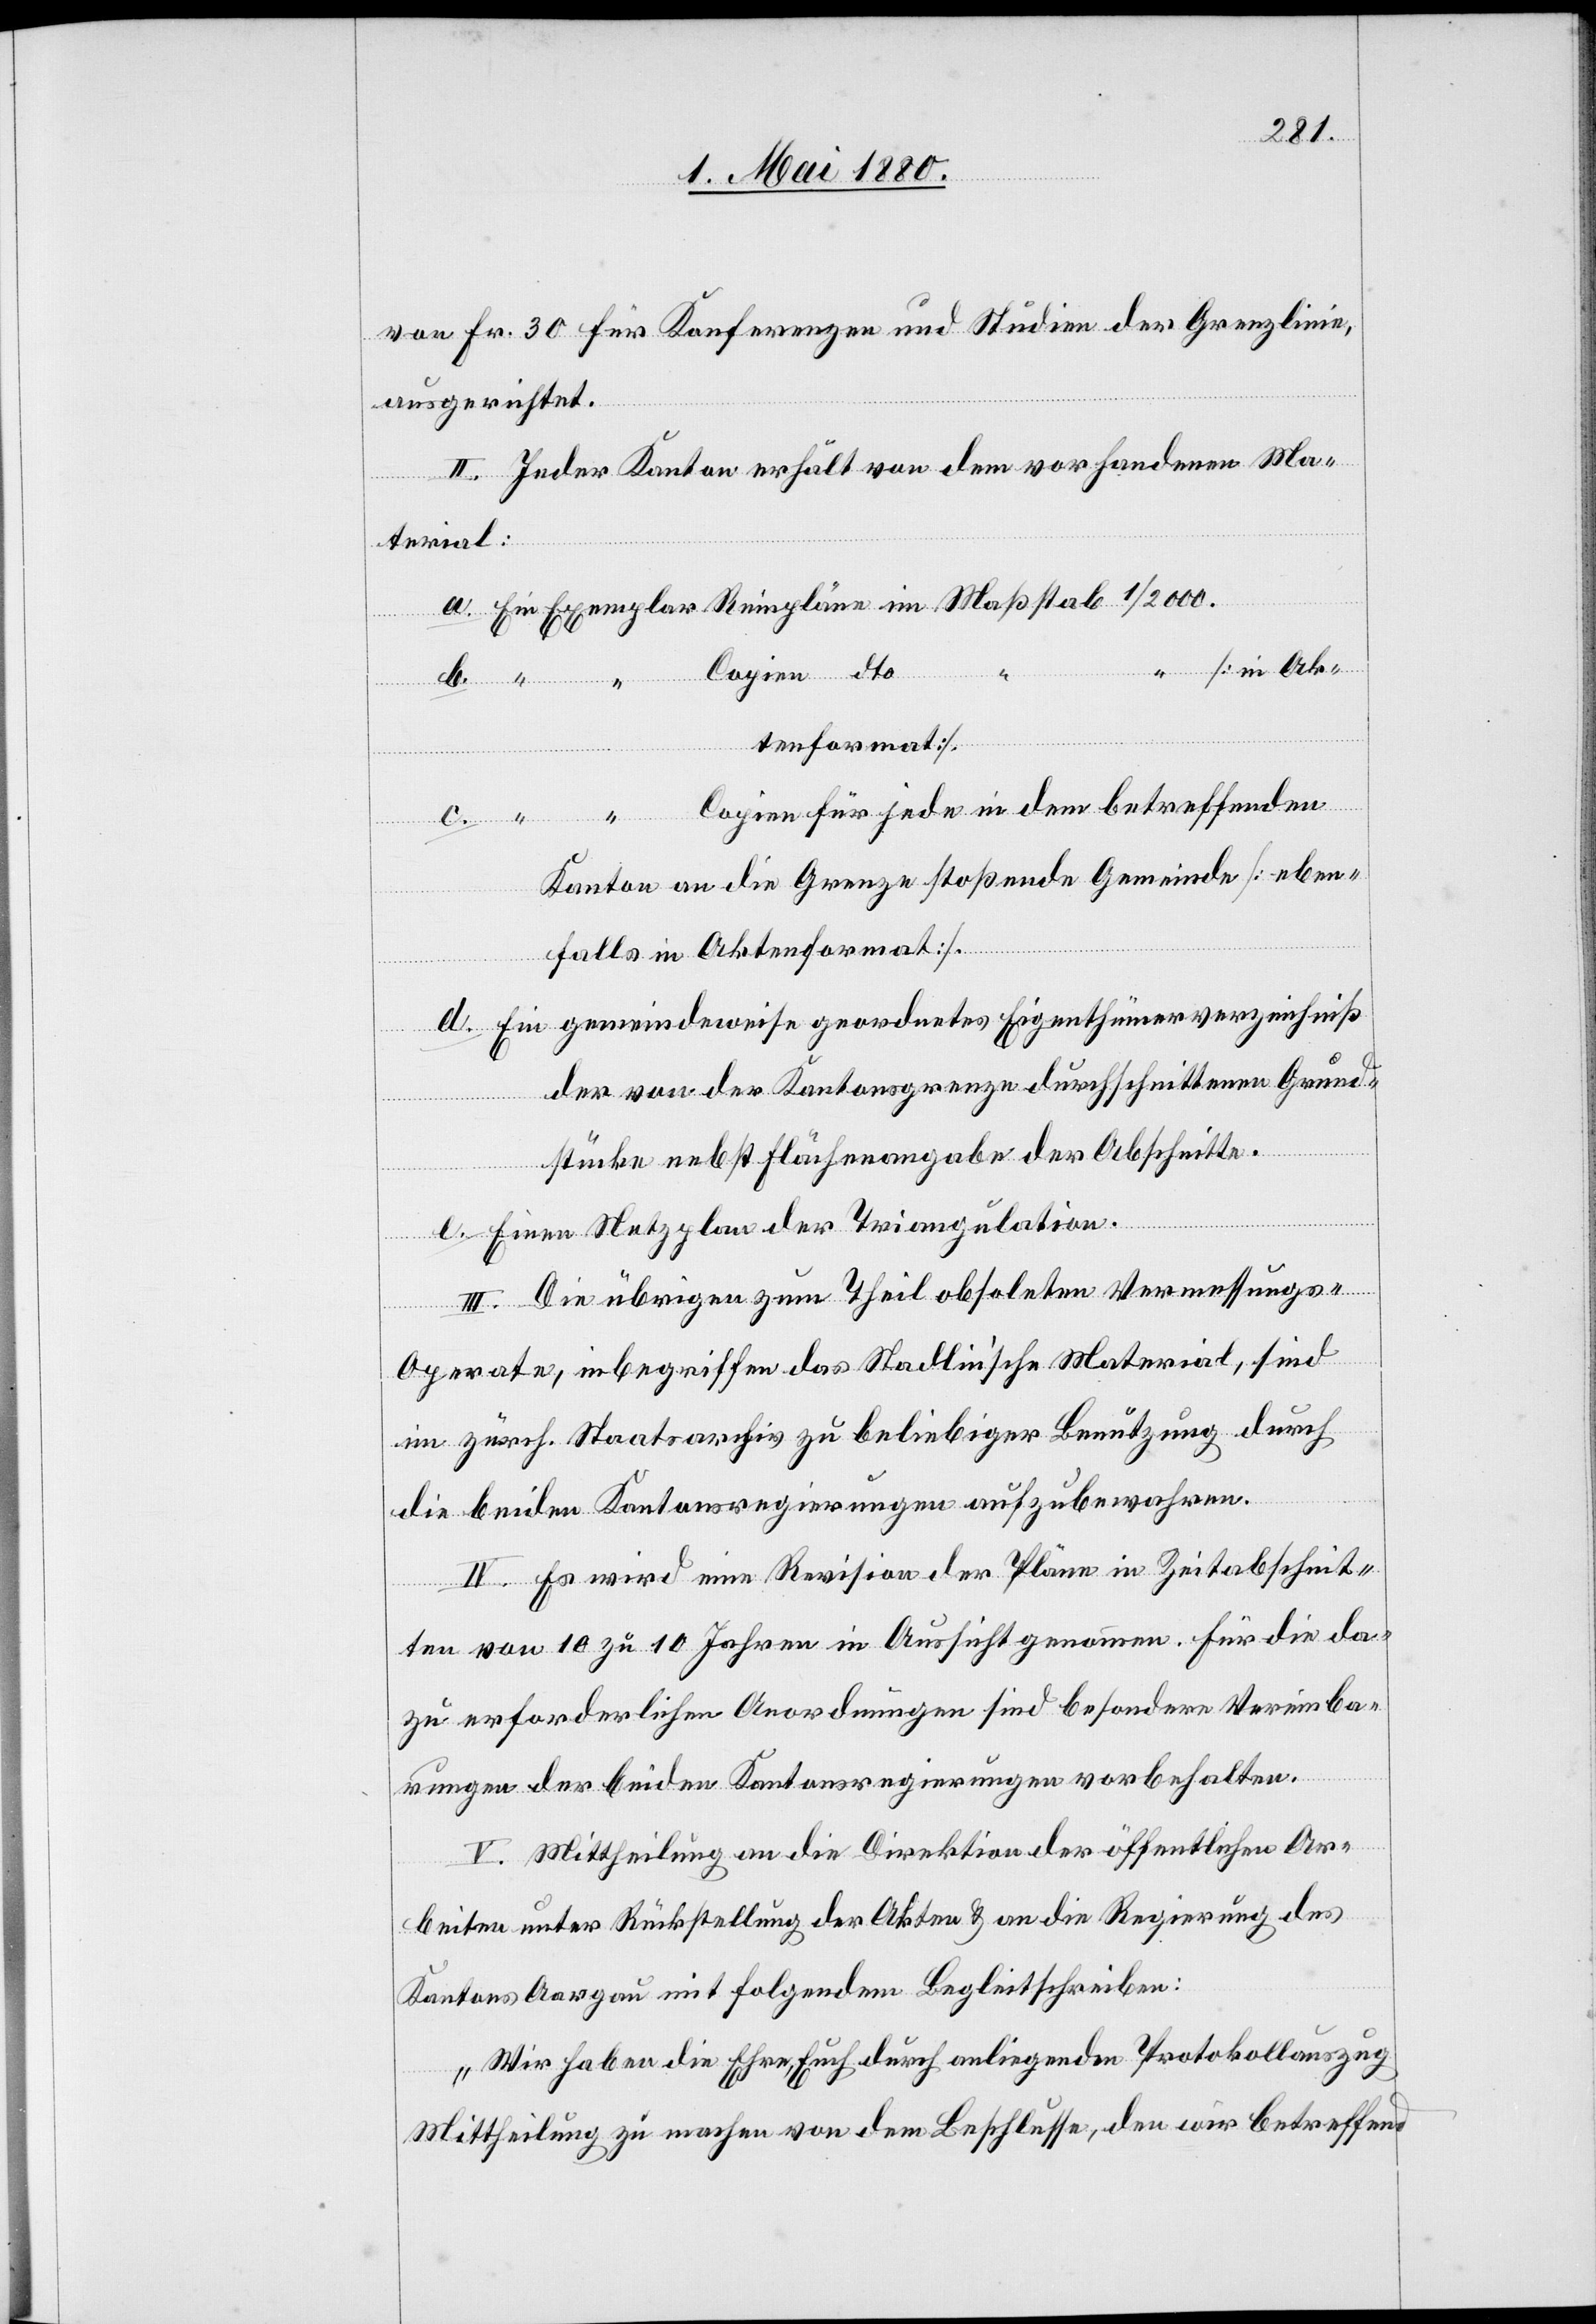
Copien
von Fr. 30 für Konferenzen und Studien der Grenzlinie
ausgerichtet.
II. Jeder Kanton erhält von dem vorhandenen Ma¬
terial:
tenformat].
Copien für jede in dem betreffenden
Reinpläne
Kanton an die Grenze stoßende Gemeinde [eben¬
falls in Aktenformat]
Ein gemeindeweise geordnetes Eigenthümerverzeichniß
der von der Kantonsgrenze durchschnittenen Grund¬
ar
stücke nebst Flächenangabe der Abschnitte.
e.
Einen Netzplan der Triangulation.
III. Die übrigen zum Theil obsoleten Vermessungs-O¬
perate, inbegriffen das Stadlin’sche Material, sind
im zürch. Staatsarchiv zu beliebiger Benutzung durch
die beiden Kantonsregierungen aufzubewahren.
IV. Es wird eine Revision der Pläne in Zeitabschnit¬
ten von 10 zu 10 Jahren in Aussicht genommen. Für die da¬
zu erforderlichen Anordnungen sind besondere Vereinba¬
rungen der beiden Kantonsregierungen vorbehalten.
d.
V. Mittheilung an die Direktion der öffentlichen Ar¬
beiten unter Rückstellung der Akten & an die Regierung des
Kantons Aargau mit folgendem Begleitschreiben:
„Wir haben die Ehre, Euch durch anliegenden Protokollauszug
[in Ak¬
Mittheilung zu machen von dem Beschlusse, den wir betreffend

im